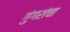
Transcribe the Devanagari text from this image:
गुंगरांचा